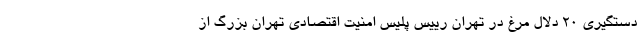
دستگیری ۲۰ دلال مرغ در تهران رییس پلیس امنیت اقتصادی تهران بزرگ از